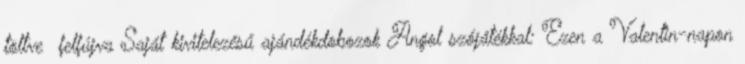
töltve felfújva Saját kivitelezésű ajándékdobozok Angol szójátékkal: Ezen a Valentin-napon